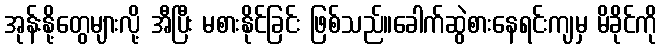
အုန်းနို့တွေများလို့ အီပြီး မစားနိုင်ခြင်း ဖြစ်သည်။ခေါက်ဆွဲစားနေရင်းကျမှ မိခိုင်ကို